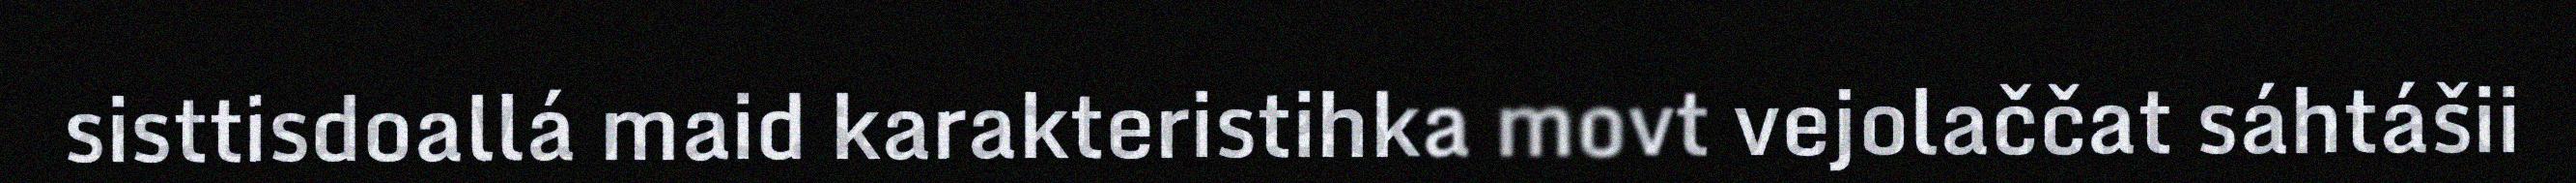
sisttisdoallá maid karakteristihka movt vejolaččat sáhtášii